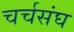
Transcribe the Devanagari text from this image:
चर्चसंघ